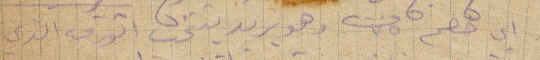
أي خصم ٧٥ من وهو يريد يتثنى الورقة الذي